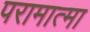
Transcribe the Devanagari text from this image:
परामात्मा